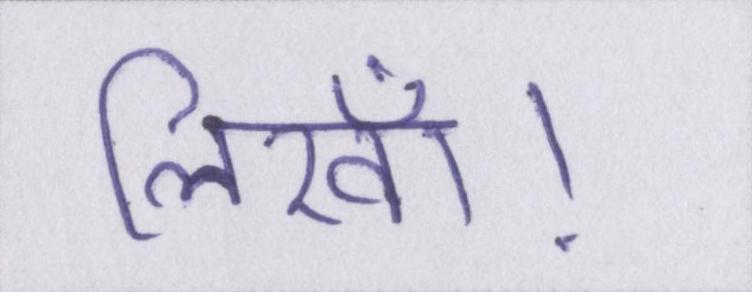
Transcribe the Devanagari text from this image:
लिखॉ।